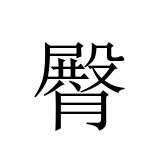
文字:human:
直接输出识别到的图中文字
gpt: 臀